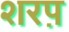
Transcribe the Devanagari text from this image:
शरप़